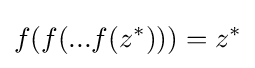
f(f(...f(z^{*})))=z^{*}